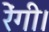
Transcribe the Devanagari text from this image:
रेंगी।